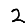
Digit: 2